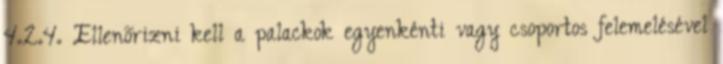
4.2.4. Ellenõrizni kell a palackok egyenkénti vagy csoportos felemelésével